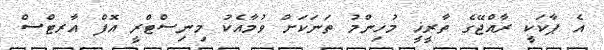
އެ ޕާކަކީ ރާއްޖޭގެ ތާރީޚީ މުހިންމު ތަނަކަށް ވުމާއެކު މިނިސްޓްރީ އޮފް އާރޓްސް